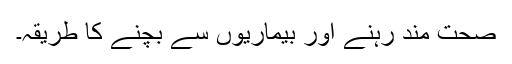
صحت مند رہنے اور بیماریوں سے بچنے کا طریقہ۔